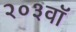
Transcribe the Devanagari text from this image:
२०३वॉ